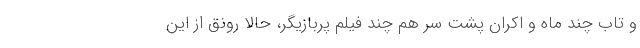
و تاب چند ماه و اکران پشت سر هم چند فیلم پربازیگر، حالا رونق از این